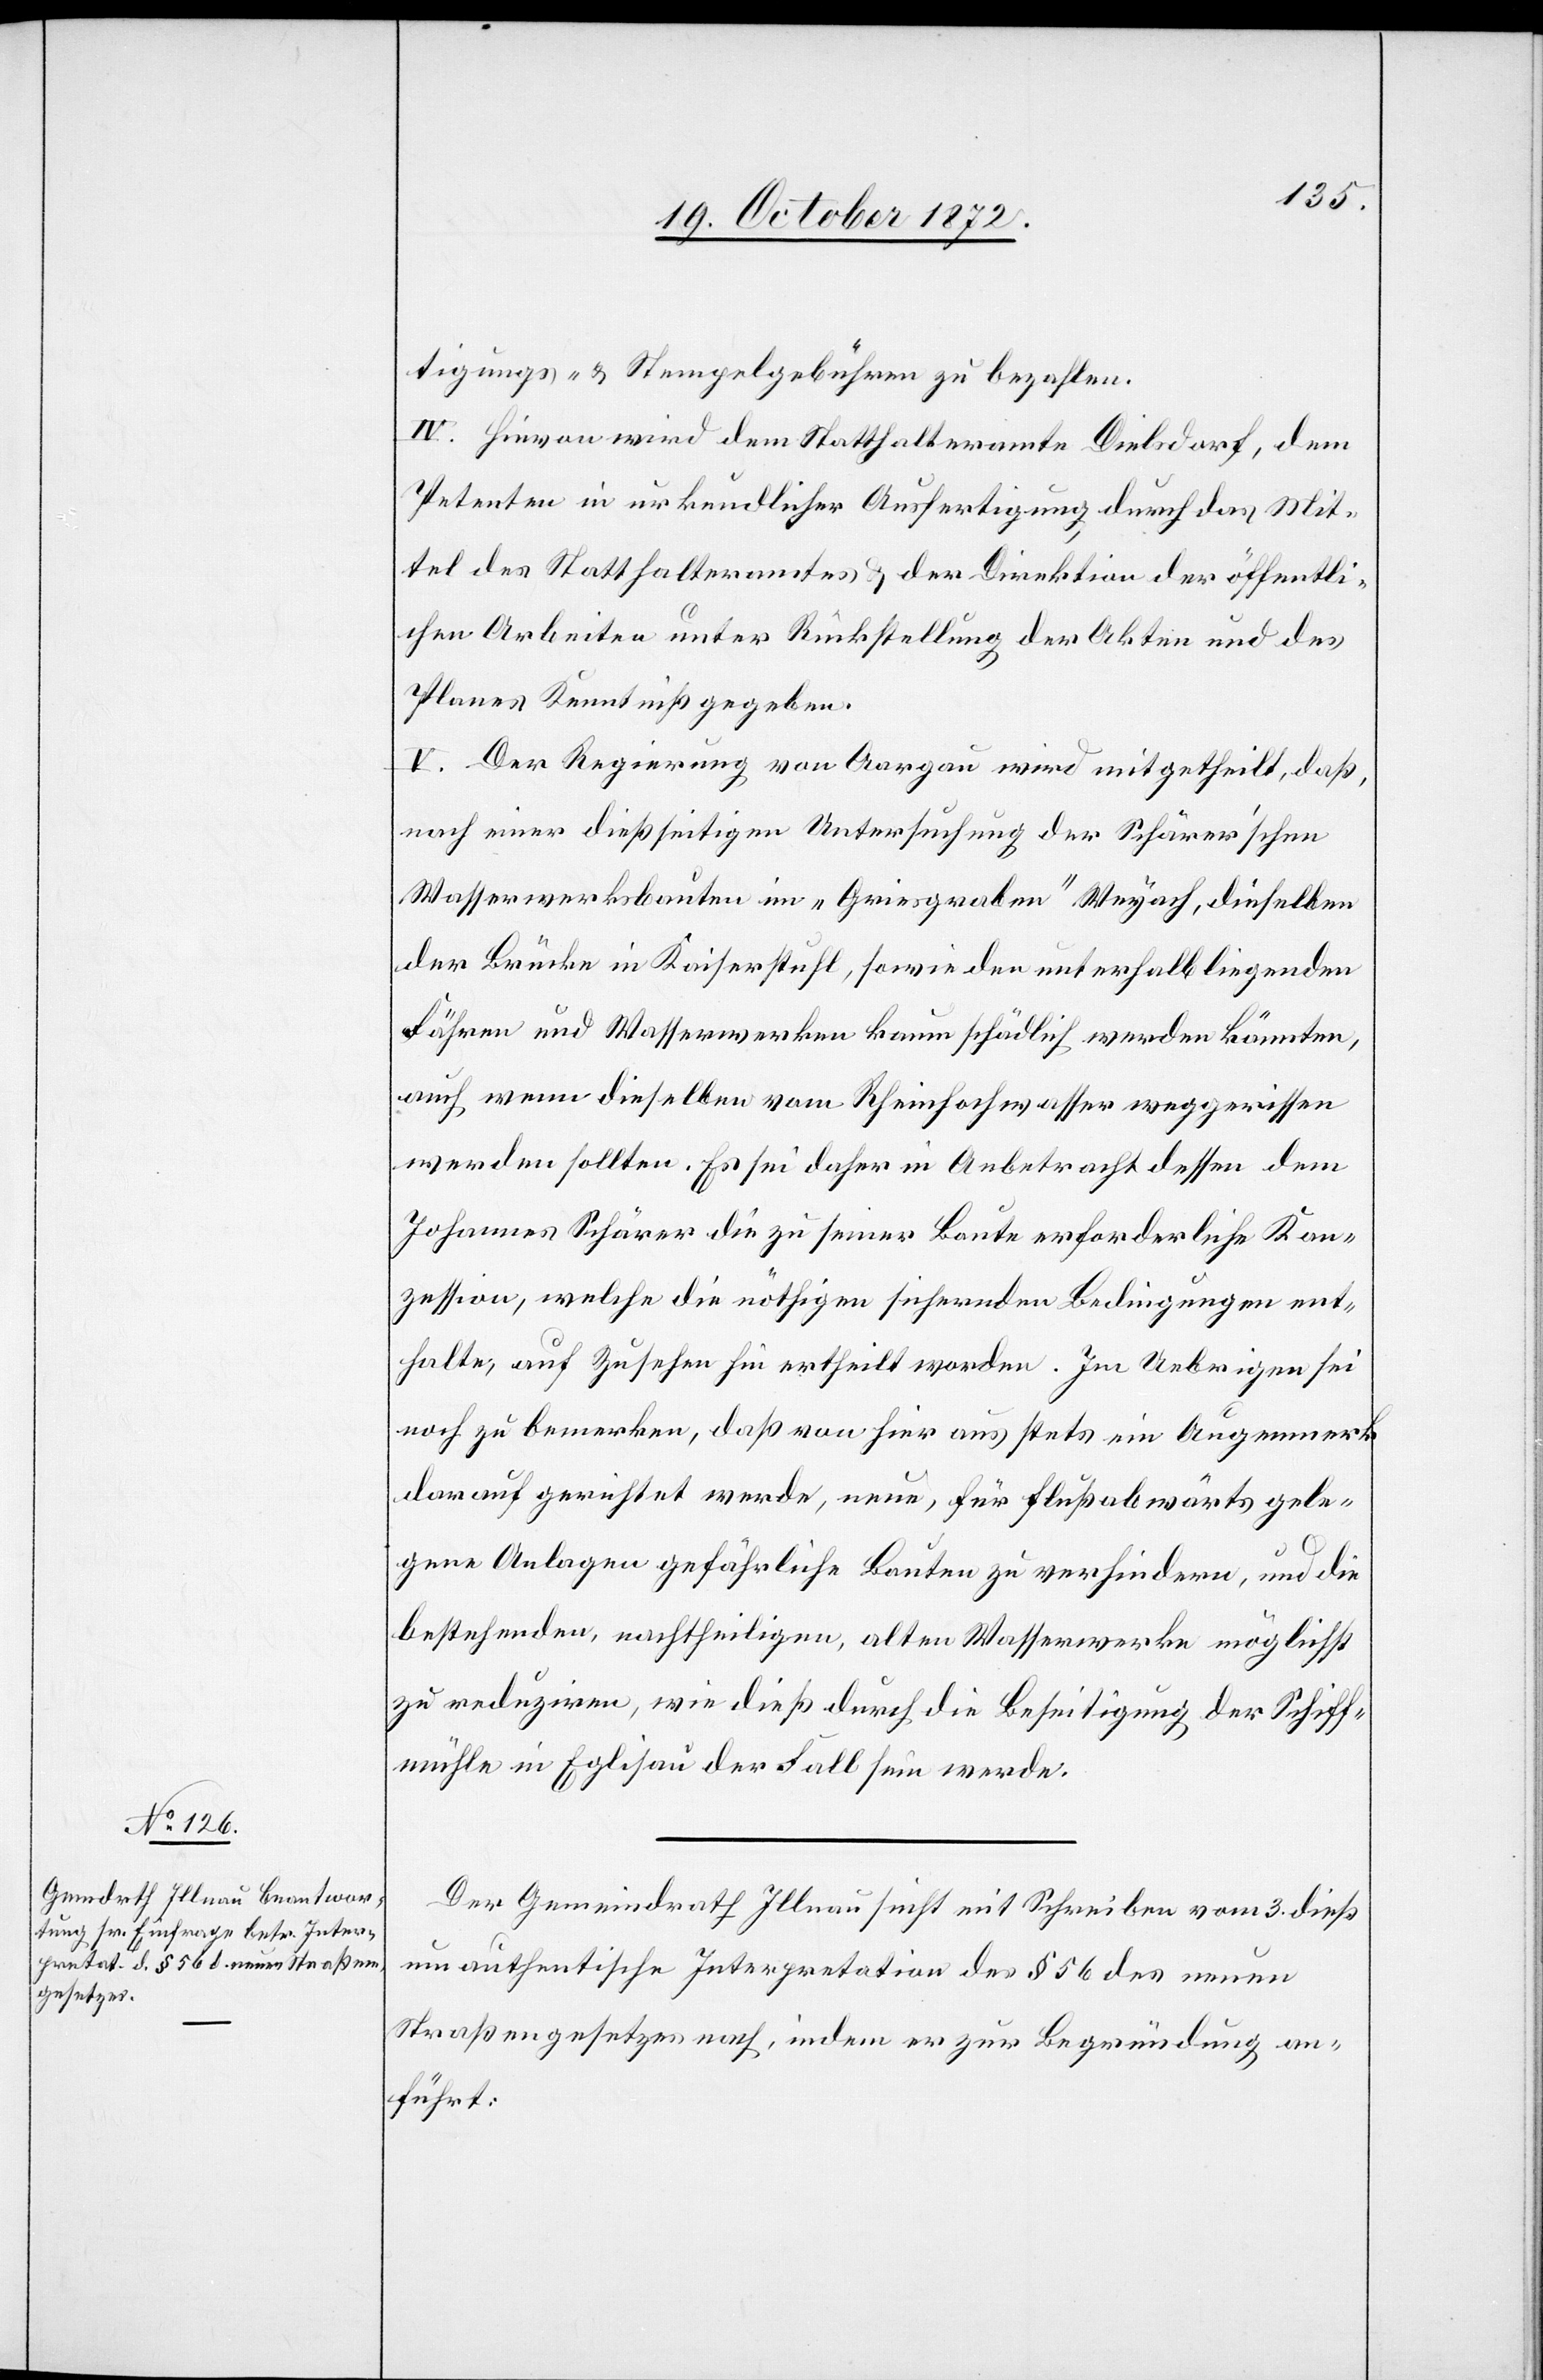
tigungs- u. Stempelgebühren zu bezahlen.
IV. Hievon wird dem Statthalteramte Dielsdorf, dem
Petenten in urkundlicher Ausfertigung durch das Mit¬
tel des Statthalteramtes u. der Direktion der öffentli¬
chen Arbeiten unter Rückstellung der Akten und des
Planes zur Kenntniß gegeben.
V. Der Regierung von Aargau wird mitgetheilt, daß,
nach einer dießseitigen Untersuchung der Schärer’schen
Wasserwerksbauten im „Griesgraben“ Weyach, dieselben
der Brücke in Kaiserstuhl, sowie den unterhalb liegenden
Fähren und Wasserwerken kaum schädlich werden könnten,
auch wenn dieselben vom Rheinhochwasser weggerissen
werden sollten. Es sei daher in Anbetracht dessen dem
Johannes Schärer die zu seiner Baute erforderliche Kon¬
zession, welche die nöthigen sichernden Bedingungen ent¬
halte, auf Zusehen hin ertheilt worden. Im Uebrigen sei
noch zu bemerken, daß von hier aus stets ein Augenmerk
darauf gerichtet werde, neue, für flußabwärts gele¬
gene Anlagen gefährliche Bauten zu verhindern, und die
bestehenden, nachtheiligen, alten Wasserwerke möglichst
zu reduziren, wie dieß durch die Beseitigung der Schiff¬
mühle in Eglisau der Fall sein werde.
Der Gemeindrath Illnau sucht mit Schreiben vom 3. dieß
um authentische Interpretation des § 56 des neuen
Straßengesetzes nach, indem er zur Begründung an¬
führt: